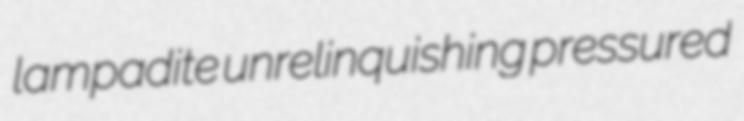
lampadite unrelinquishing pressured